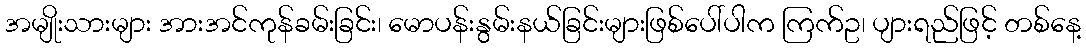
အမျိုးသားများ အားအင်ကုန်ခမ်းခြင်း၊ မောပန်းနွမ်းနယ်ခြင်းများဖြစ်ပေါ်ပါက ကြက်ဥ၊ ပျားရည်ဖြင့် တစ်နေ့